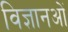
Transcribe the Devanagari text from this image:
विज्ञानओं